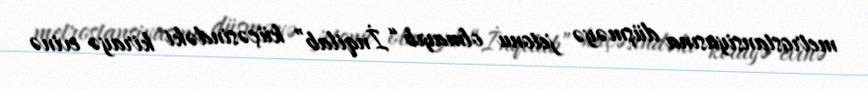
metrostansiyasına düşməyə jetonu olmayıb “İnqilab” küçəsindəki kirayə evinə